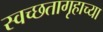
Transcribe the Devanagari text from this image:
स्वच्छतागृहाच्या